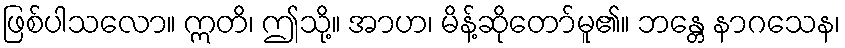
ဖြစ်ပါသလော။ ဣတိ၊ ဤသို့။ အာဟ၊ မိန့်ဆိုတော်မူ၏။ ဘန္တေ နာဂသေန၊